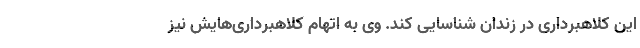
این کلاهبرداری در زندان شناسایی کند. وی به اتهام کلاهبرداری‌هایش نیز